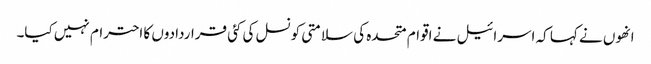
انھوں نے کہا کہ اسرائیل نے اقوام متحدہ کی سلامتی کونسل کی کئی قراردادوں کا احترام نہیں کیا۔